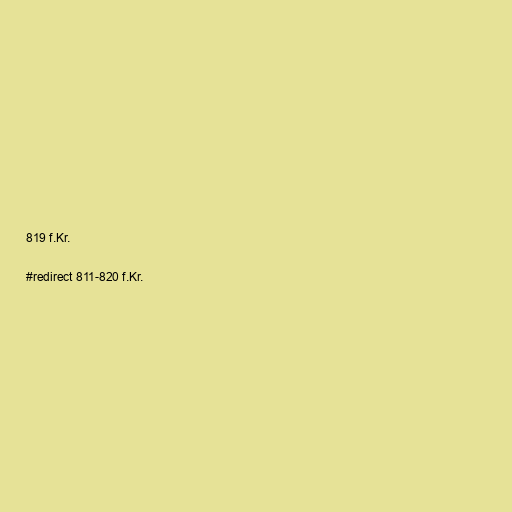
819 f.Kr.

#redirect 811-820 f.Kr.